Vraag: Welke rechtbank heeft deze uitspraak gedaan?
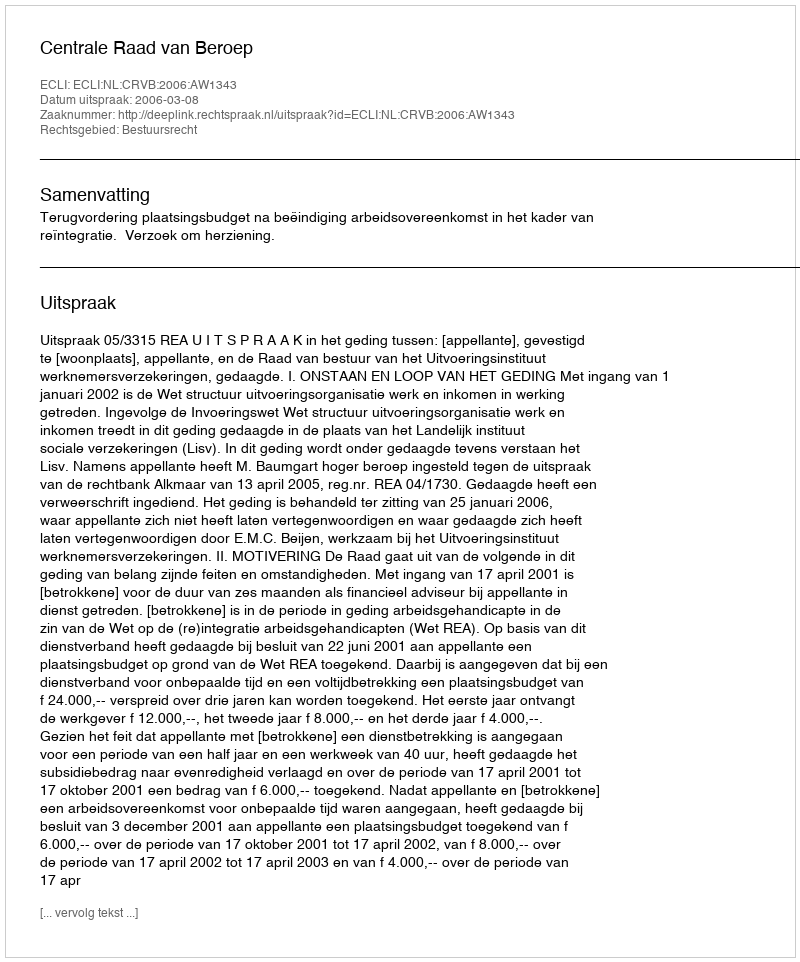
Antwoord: Centrale Raad van Beroep